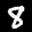
Label: 8